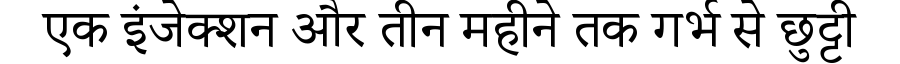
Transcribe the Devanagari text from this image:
एक इंजेक्शन और तीन महीने तक गर्भ से छुट्टी